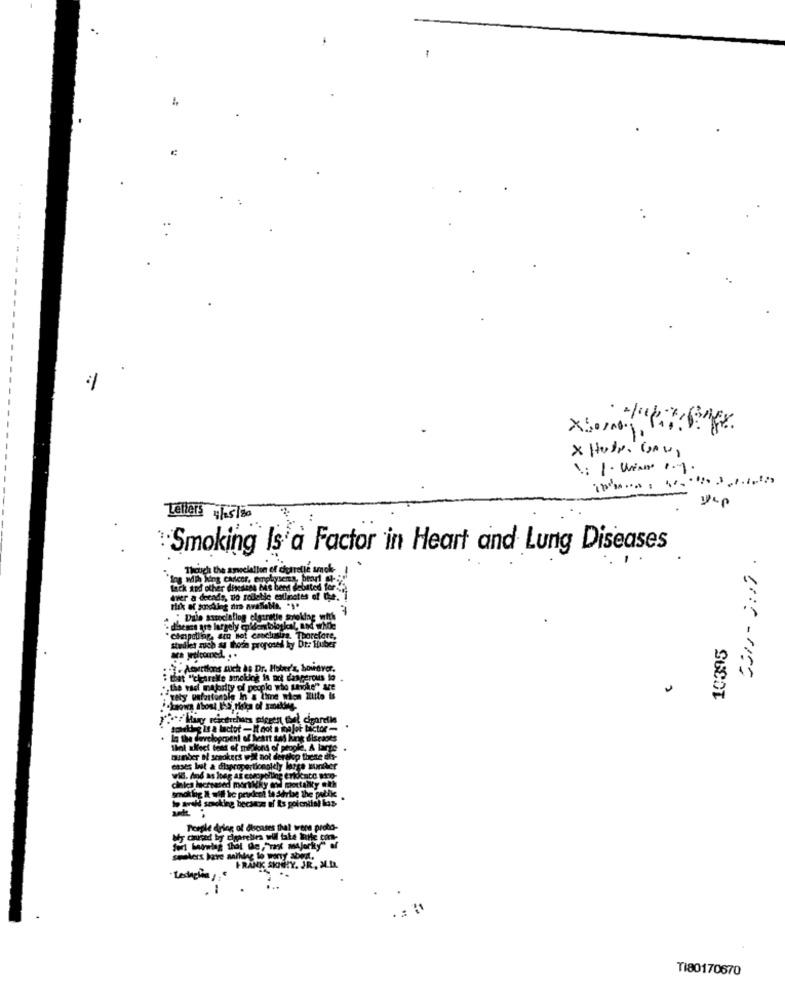
X .....
1: 1. Wian 1.1.
yup
Letters 4/05/20
Smoking Is a Factor in Heart and Lung Diseases
ing with king cancer, emphysema, bear!
tack and other dissese Ms bent debated for
aver a decade, to rollebile eallmetes of the.
-
."Dala associallog elstretie stoking with
· disease are largely en'dentoloskal, and whole
compelllap, ara Bot canclasira Thorefore,
10395
studiet such a hoon proposed ky De: Huber
:- Aostions mich As Dr. Hoter's, however,
: that "clearelle smelting in pot dangerous to
the vast majority of people who shoke"
tety unfortunple In & lime non Zulte is
southg is a lactof - I got a major bakctor-
In the development of heart tai lung diseases
thel affect best of millions of people. A larte
bunber Il scaokers wil not derakp these dis-
cases bet & disproportionolely large sunher
will. And as long as casopolling evidence ato-
cinica lacreened mortidky and mortality atth
smokbig & #Hl te perdent le dariae the pubik
to avoid smoking becaz af is poloniist las-
Perple Arlag of diseases thal ters proto-
semlers have anlhlag lo worry abord.
FRANK SHIGHLY. JR ., M.I.
.1
TI80170670